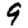
Digit: 9